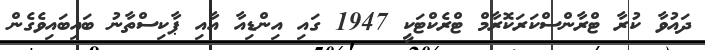
ދައުވާ ކުރާ ޓްރާންސްކަރަކޮރާމް ޓްރެކްޓަކީ 1947 ގައި އިންޑިއާ އާއި ޕާކިސްތާނު ބައިބައިވެގެން